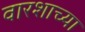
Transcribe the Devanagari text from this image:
वारशाच्‍या